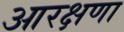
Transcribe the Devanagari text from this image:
आरक्षणा